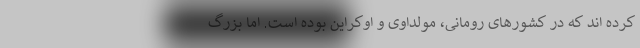
کرده اند که در کشورهای رومانی، مولداوی و اوکراین بوده است. اما بزرگ